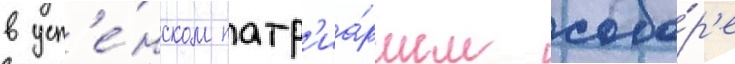
в усп'е́нском патр'иа́ршем собо́р'е